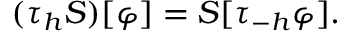
( \tau _ { h } S ) [ \varphi ] = S [ \tau _ { - h } \varphi ] .